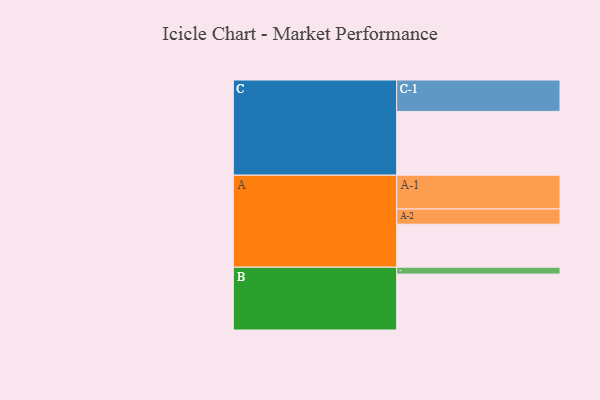
{"axis": {"x": "Segment", "y": "Value"}, "legend": ["", "A", "B", "C"], "data": [{"x": "A", "y": 337, "type": ""}, {"x": "B", "y": 438, "type": ""}, {"x": "C", "y": 500, "type": ""}, {"x": "A-1", "y": 265, "type": "A"}, {"x": "A-2", "y": 119, "type": "A"}, {"x": "B-1", "y": 54, "type": "B"}, {"x": "C-1", "y": 246, "type": "C"}]}